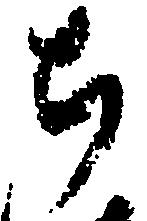
ち